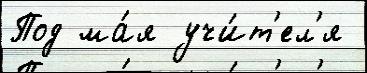
Под ма́я учи́т'ел'я